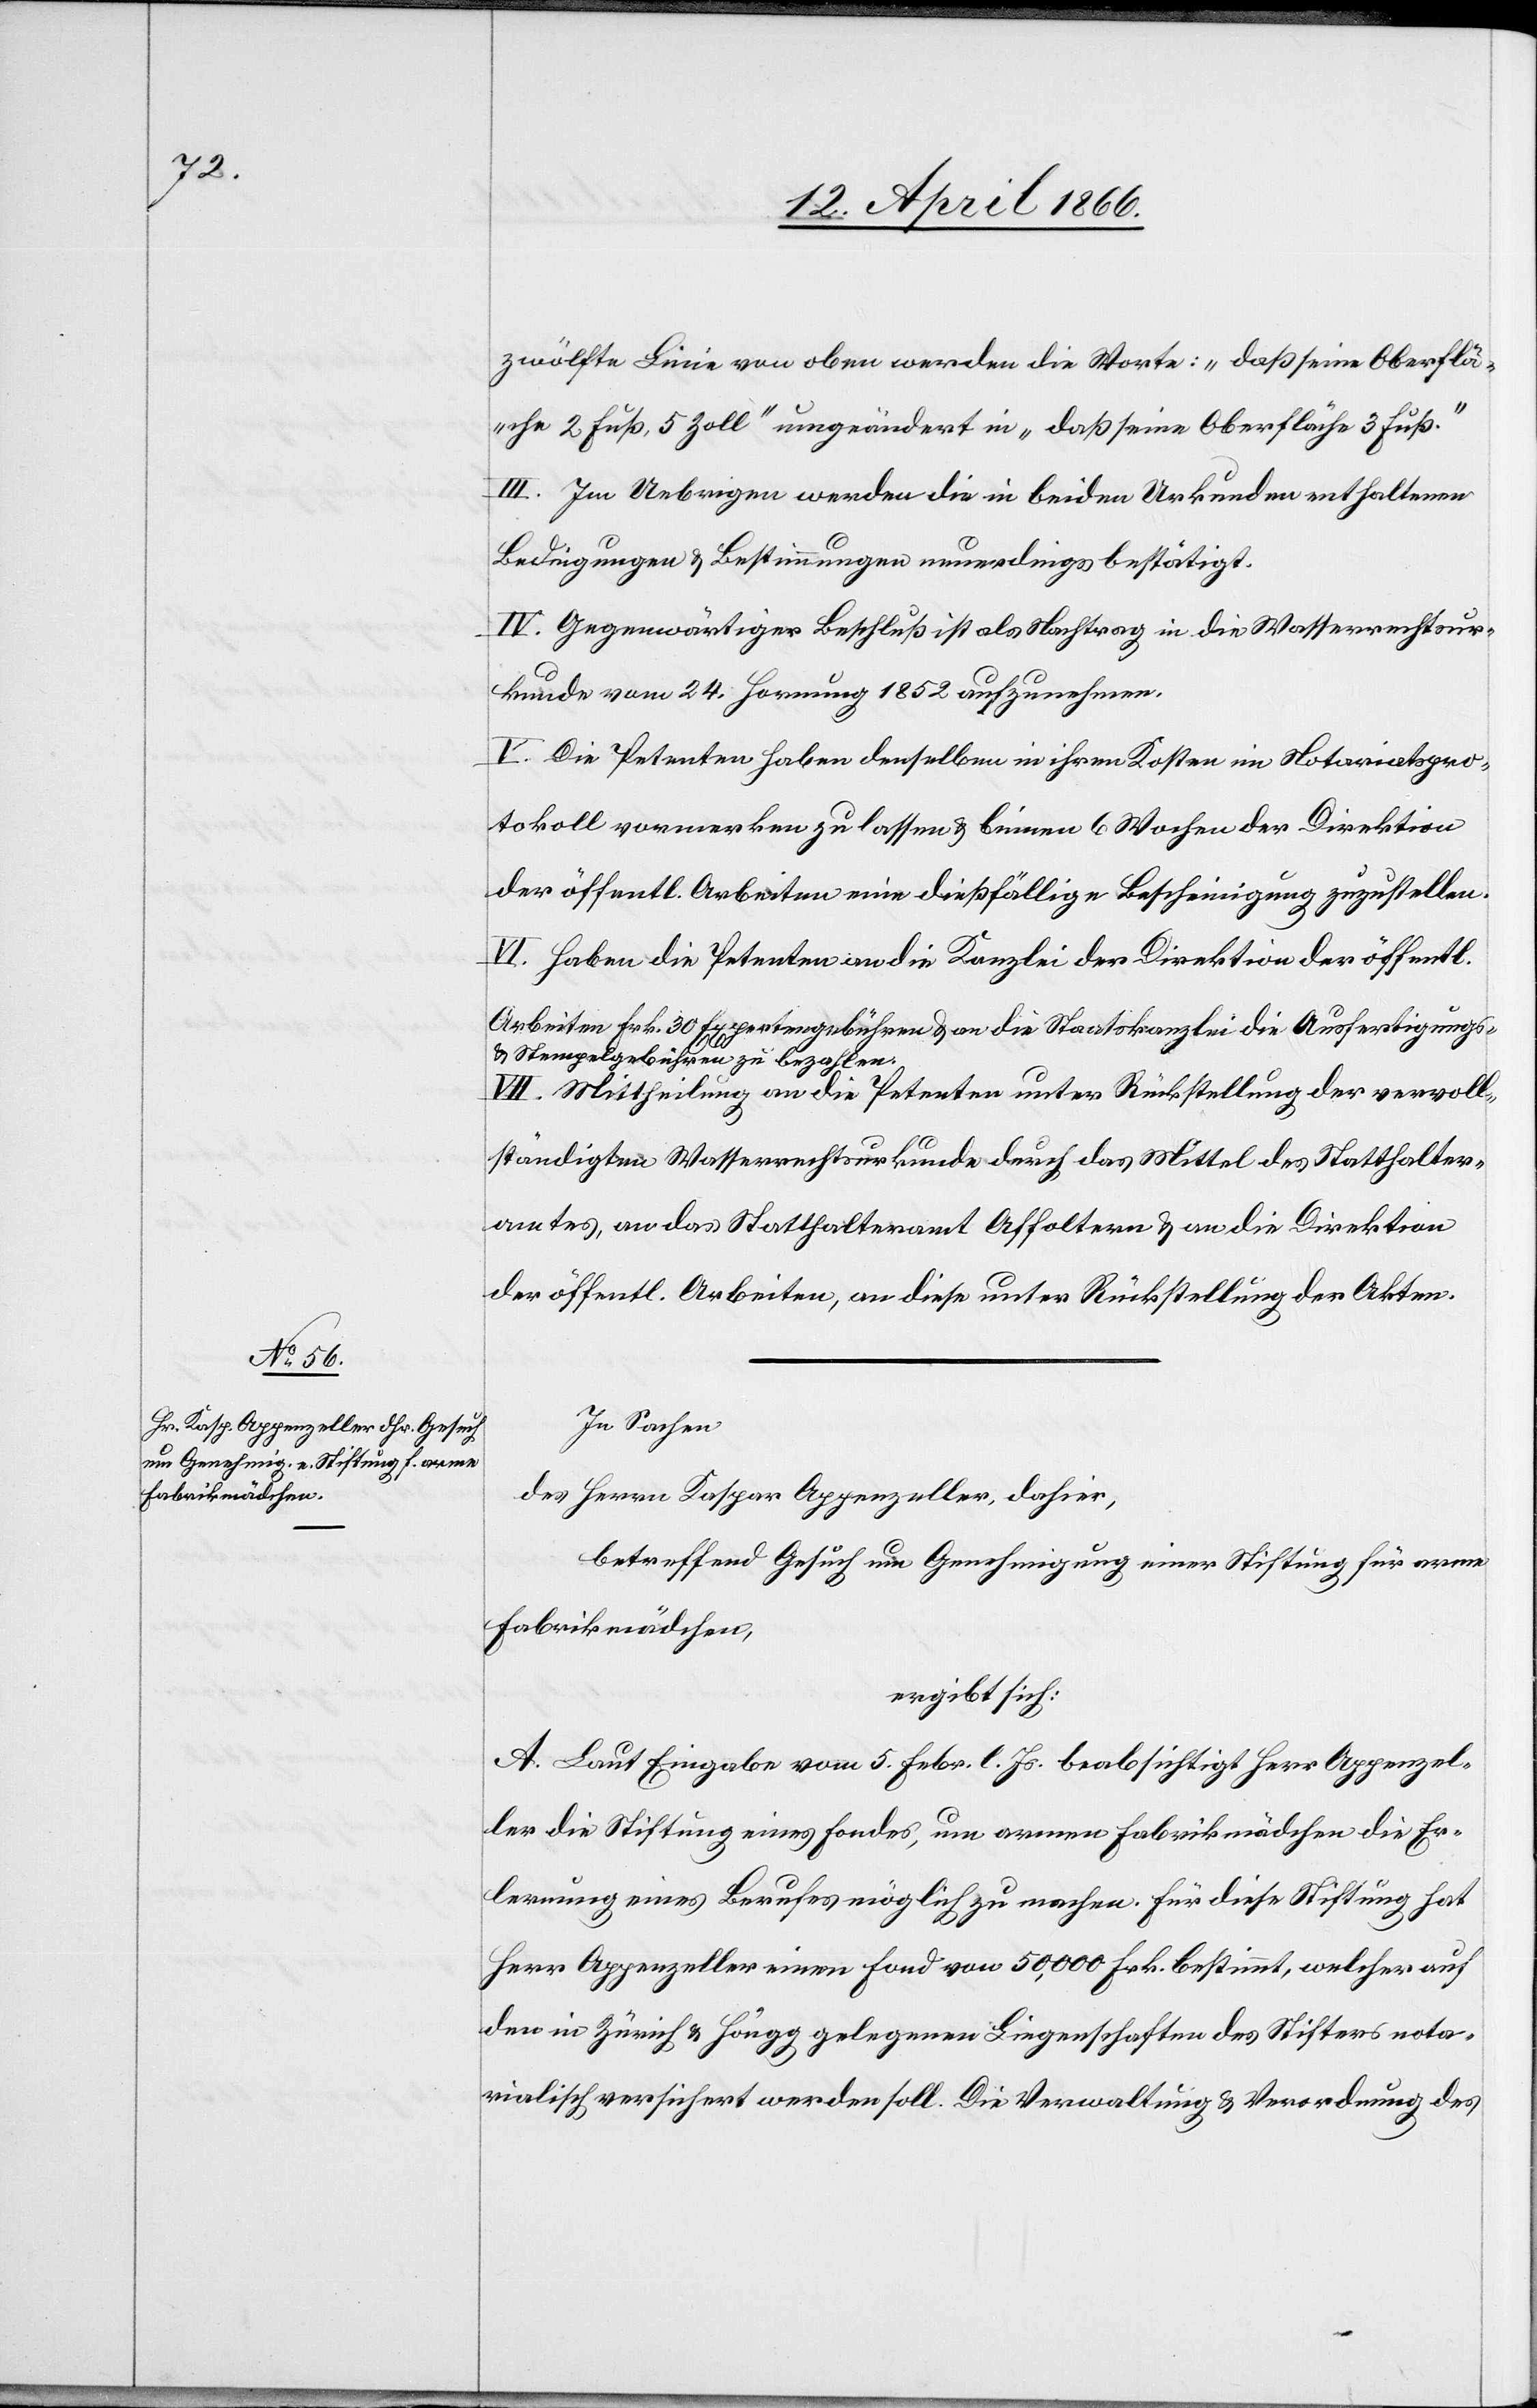
zwölfte Linie von oben werden die Worte: „daß seine Oberflä¬
che 2 Fuß, 5 Zoll“ umgeändert in „daß seine Oberfläche 3 Fuß.“
III. Im Uebrigen werden die in beiden Urkunden enthaltenen
Bedingungen u. Bestimmungen neuerdings bestätigt.
IV. Gegenwärtiger Beschluß ist als Nachtrag in die Wasserrechtsur¬
kunde vom 24. Hornung 1852 aufzunehmen.
V. Die Petenten haben denselben in ihren Kosten im Notariatspro¬
tokoll vormerken zu lassen u. binnen 6 Wochen der Direktion
der öffentl. Arbeiten eine dießfällige Bescheinigung zuzustellen.
VI. Haben die Petenten die Kanzlei der Direktion der öffentl.
Arbeiten Frk. 30 Expertengebühren u. an die Staatskanzlei die Ausfertigungs-
u. Stempelgebühren zu bezahlen.
VII. Mittheilung an die Petenten unter Rückstellung der vervoll¬
ständigten Wasserrechtsurkunde durch das Mittel des Statthalter¬
amtes, an das Statthalteramt Affoltern u. an die Direktion
der öffentl. Arbeiten, an diese unter Rückstellung der Akten.
In Sachen
des Herrn Kaspar Appenzeller, dahier,
betreffend Gesuch um Genehmigung einer Stiftung für arme
Fabrikmädchen,
ergibt sich:
A. Laut Eingabe vom 5. Febr. l. Js. beabsichtigt Herr Appenzel¬
ler die Stiftung eines Fondes, um armen Fabrikmädchen die Er¬
lernung eines Berufes möglich zu machen. Für diese Stiftung hat
Herr Appenzeller einen Fond von 50 000 Frk. bestimmt, welcher auf
den in Zürich u. Höngg gelegenen Liegenschaften des Stifters nota¬
rialisch versichert werden soll. Die Verwaltung u. Verordnung des